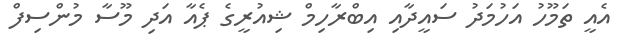
އެއީ ތަމޫހު އަހުމަދު ސައީދާއި އިބްރާހިމް ޝިއުރީގެ ޕެއާ އަދި މޫސާ މުންސިފް